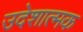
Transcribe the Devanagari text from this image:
उदेशात्मक